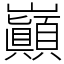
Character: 巓